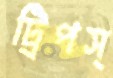
ট্রিপস্